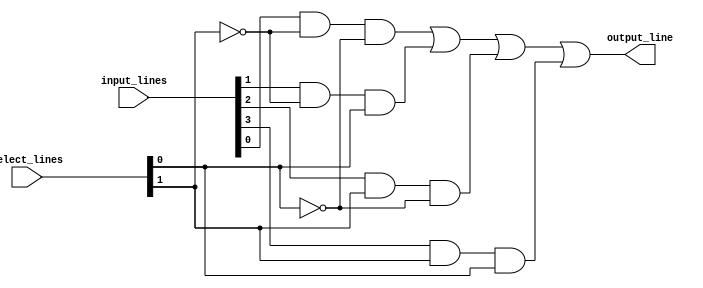
module mux_4_1 (input_lines, select_lines, output_line);
    input [3:0] input_lines;
    input [1:0] select_lines;
    output output_line;

    not ns1(ns1, select_lines[1]);
    not ns0(ns0, select_lines[0]);

    and a0(a0, input_lines[0], ns1, ns0);
    and a1(a1, input_lines[1], ns1, select_lines[0]);
    and a2(a2, input_lines[2], select_lines[1], ns0);
    and a3(a3, input_lines[3], select_lines[1], select_lines[0]);

    or ans(output_line, a0, a1, a2, a3);
endmodule

module mux_16_1 (input_lines, select_lines, output_line);
    input [15:0] input_lines;
    input [3:0] select_lines;
    output output_line;

    wire [3:0] temp;

    mux_4_1 mux0 (input_lines[3:0], select_lines[1:0], temp[0]);
    mux_4_1 mux1 (input_lines[7:4], select_lines[1:0], temp[1]);
    mux_4_1 mux2 (input_lines[11:8], select_lines[1:0], temp[2]);
    mux_4_1 mux3 (input_lines[15:12], select_lines[1:0], temp[3]);

    mux_4_1 mux_final(temp, select_lines[3:2], output_line);
endmodule

module testbench;
    reg [15:0] input_lines;
    reg [3:0] select_lines;
    wire output_line;

    mux_16_1 mux16to1 (input_lines, select_lines, output_line);

    initial
        begin
            $monitor($time, " input_lines=%b, select_lines=%b | output=%b", input_lines, select_lines, output_line);
            #0 input_lines=16'b1010101010101010; select_lines=4'b1111;
            #1 select_lines=4'b1110;
            #1 select_lines=4'b1101;
            #1 select_lines=4'b1100;
            #1 select_lines=4'b1011;
            #1 select_lines=4'b1010;
            #1 select_lines=4'b1001;
            #1 select_lines=4'b1000;
            #1 select_lines=4'b0111;
            #1 select_lines=4'b0110;
            #1 select_lines=4'b0101;
            #1 select_lines=4'b0100;
            #1 select_lines=4'b0011;
            #1 select_lines=4'b0010;
            #1 select_lines=4'b0001;
            #1 select_lines=4'b0000;

            #5 input_lines=16'b0101010101010101; select_lines=4'b1111;
            #1 select_lines=4'b1110;
            #1 select_lines=4'b1101;
            #1 select_lines=4'b1100;
            #1 select_lines=4'b1011;
            #1 select_lines=4'b1010;
            #1 select_lines=4'b1001;
            #1 select_lines=4'b1000;
            #1 select_lines=4'b0111;
            #1 select_lines=4'b0110;
            #1 select_lines=4'b0101;
            #1 select_lines=4'b0100;
            #1 select_lines=4'b0011;
            #1 select_lines=4'b0010;
            #1 select_lines=4'b0001;
            #1 select_lines=4'b0000;
        end
endmodule